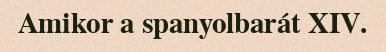
Amikor a spanyolbarát XIV.